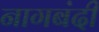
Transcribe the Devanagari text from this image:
नागबंदी